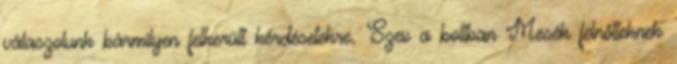
válaszolunk bármilyen felkerült kérdésetekre. Szex a boltban Mesék felnőtteknek